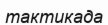
тактикада